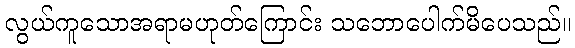
လွယ်ကူသောအရာမဟုတ်ကြောင်း သဘောပေါက်မိပေသည်။